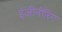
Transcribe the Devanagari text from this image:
इंजीनीरिंग